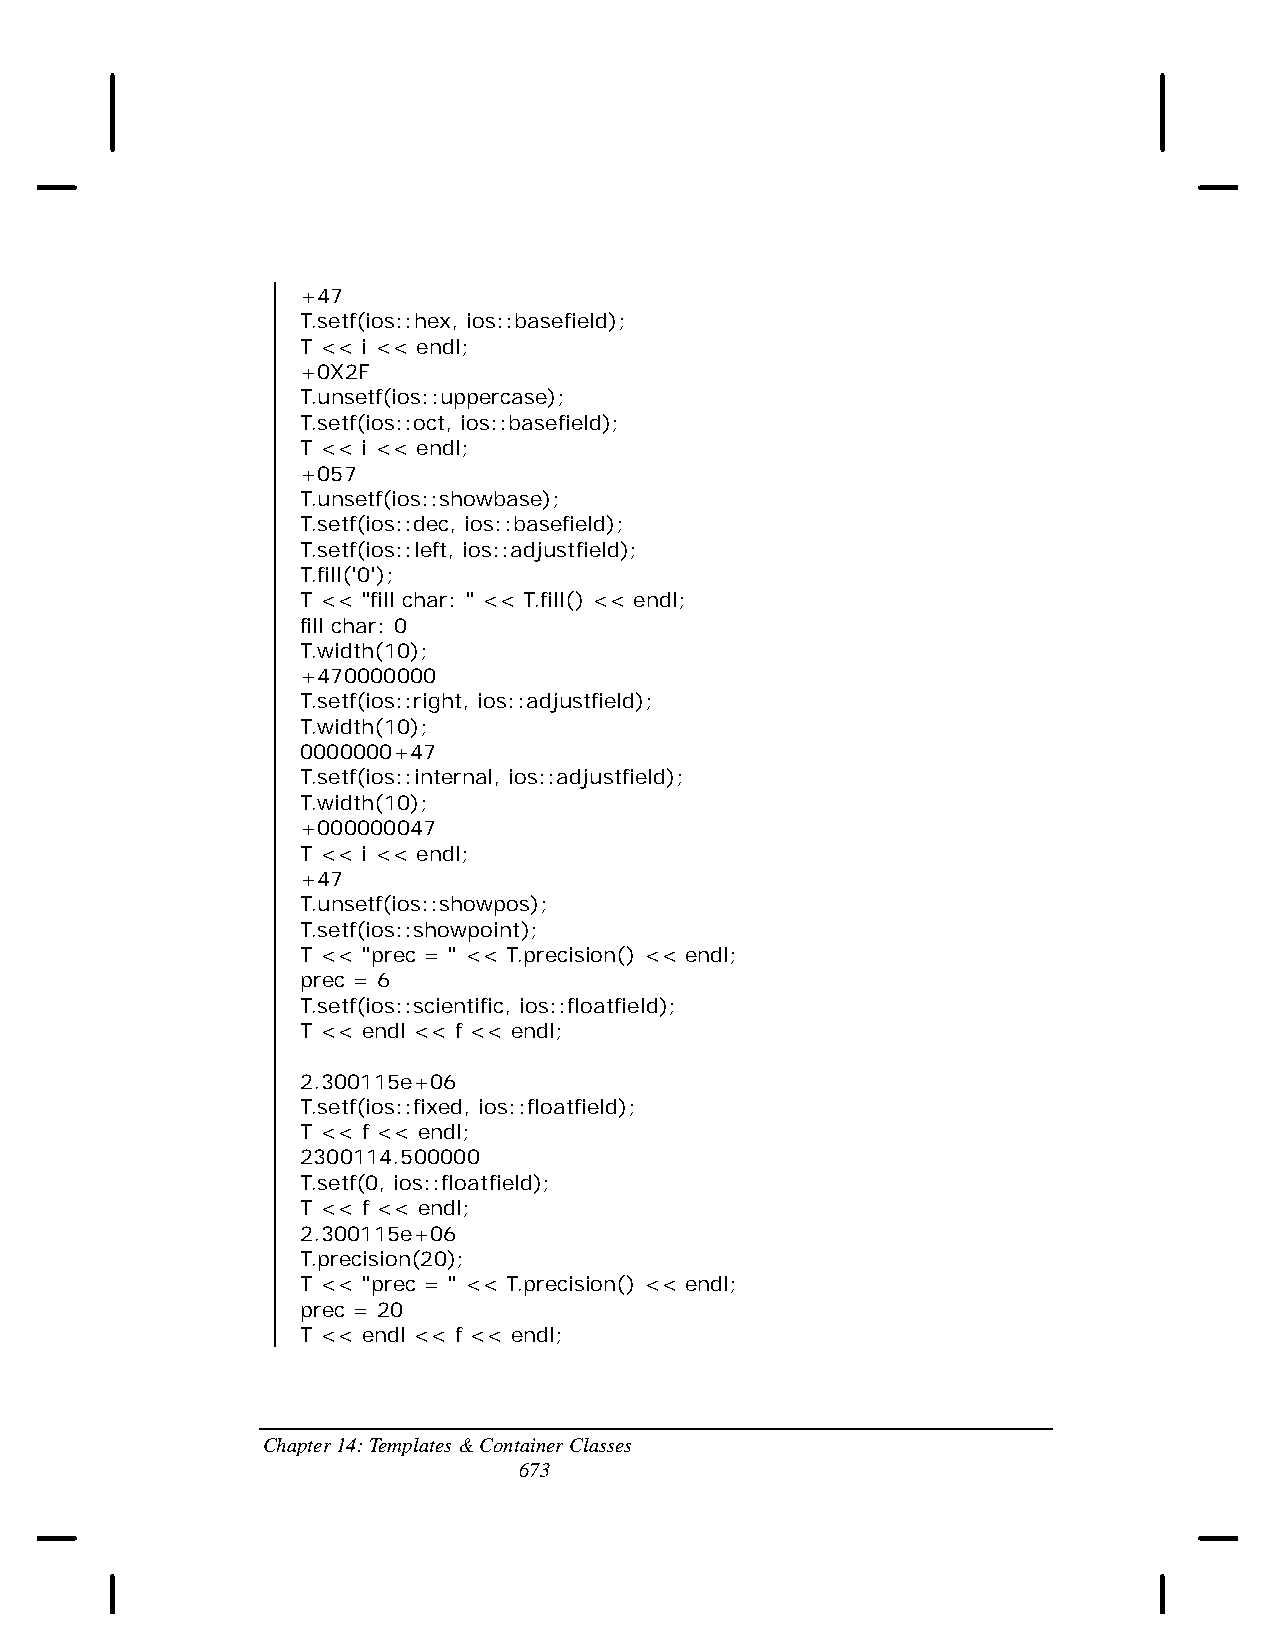
+47
 T.setf(ios::hex, ios::basefield);
 T << i << endl;
 +0X2F
 T.unsetf(ios::uppercase);
 T.setf(ios::oct, ios::basefield);
 T << i << endl;
 +057
 T.unsetf(ios::showbase);
 T.setf(ios::dec, ios::basefield);
 T.setf(ios::left, ios::adjustfield);
 T.fill('0');
 T << "fill char: " << T.fill() << endl;
 fill char: 0
 T.width(10);
 +470000000
 T.setf(ios::right, ios::adjustfield);
 T.width(10);
 0000000+47
 T.setf(ios::internal, ios::adjustfield);
 T.width(10);
 +000000047
 T << i << endl;
 +47
 T.unsetf(ios::showpos);
 T.setf(ios::showpoint);
 T << "prec = " << T.precision() << endl;
 prec = 6
 T.setf(ios::scientific, ios::floatfield);
 T << endl << f << endl;
 2.300115e+06
 T.setf(ios::fixed, ios::floatfield);
 T << f << endl;
 2300114.500000
 T.setf(0, ios::floatfield);
 T << f << endl;
 2.300115e+06
 T.precision(20);
 T << "prec = " << T.precision() << endl;
 prec = 20
 T << endl << f << endl;
 Chapter 14: Templates & Container Classes
 673